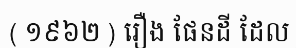
( ១៩៦២ ) រឿង ផែនដី ដែល